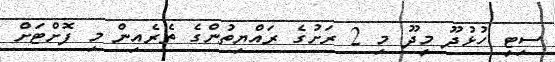
ސިޓީ ހުޅުދޫ މީދޫ މި 2 ރަށުގެ ރައްޔިތުންގެ ތެރެއިން މި ފޮށްޓަށް